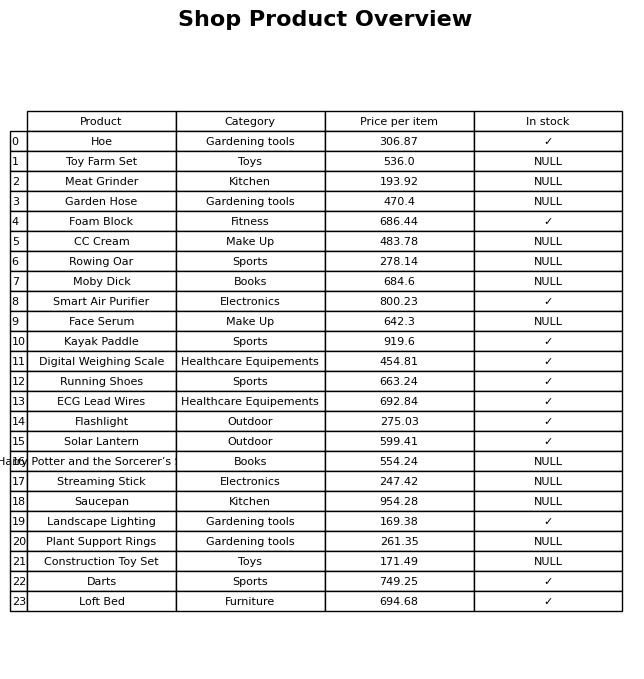
question: Is the Construction Toy Set in stock?
answer: NULL